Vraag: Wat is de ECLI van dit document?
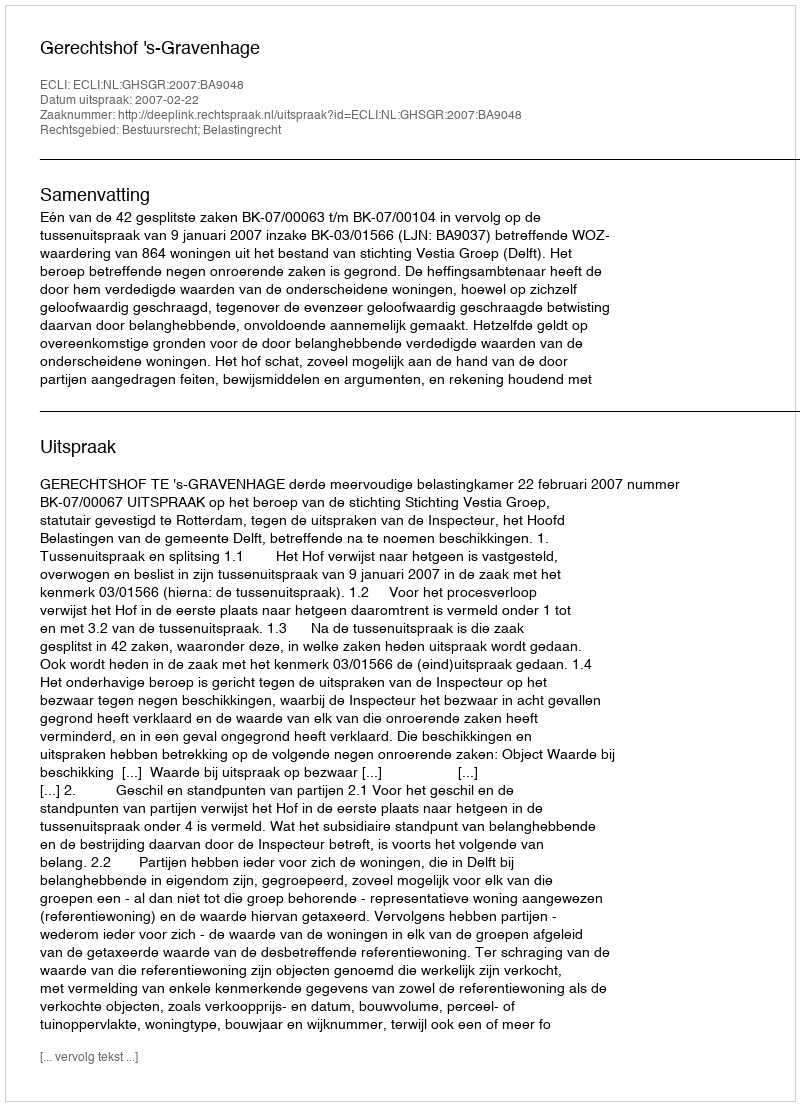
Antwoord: ECLI:NL:GHSGR:2007:BA9048